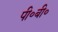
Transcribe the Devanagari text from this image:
पी॰बी॰